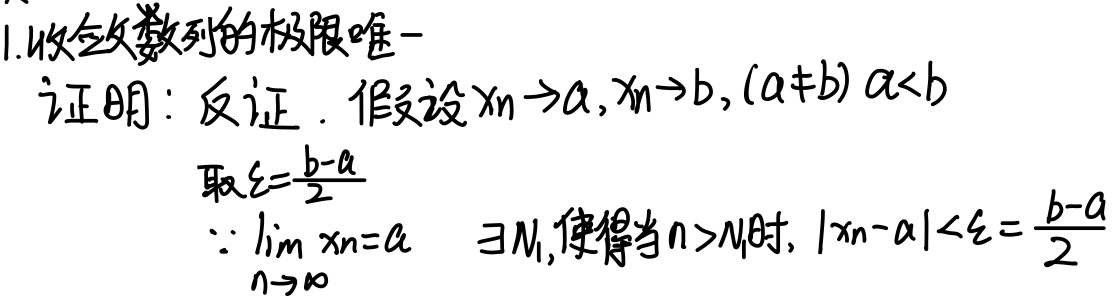
1. 收敛数列的极限唯一证明：反证。假设\(x_n\rightarrow a\)，\(x_n\rightarrow b\)，\((a\neq b)\)且\(a < b\)。取\(\xi=\frac{b - a}{2}\)。
\(\because\lim_{n\rightarrow\infty} x_n=a\)，\(\exists N_1\)，使得当\(n > N_1\)时，\(\vert x_n - a\vert<\xi=\frac{b - a}{2}\)